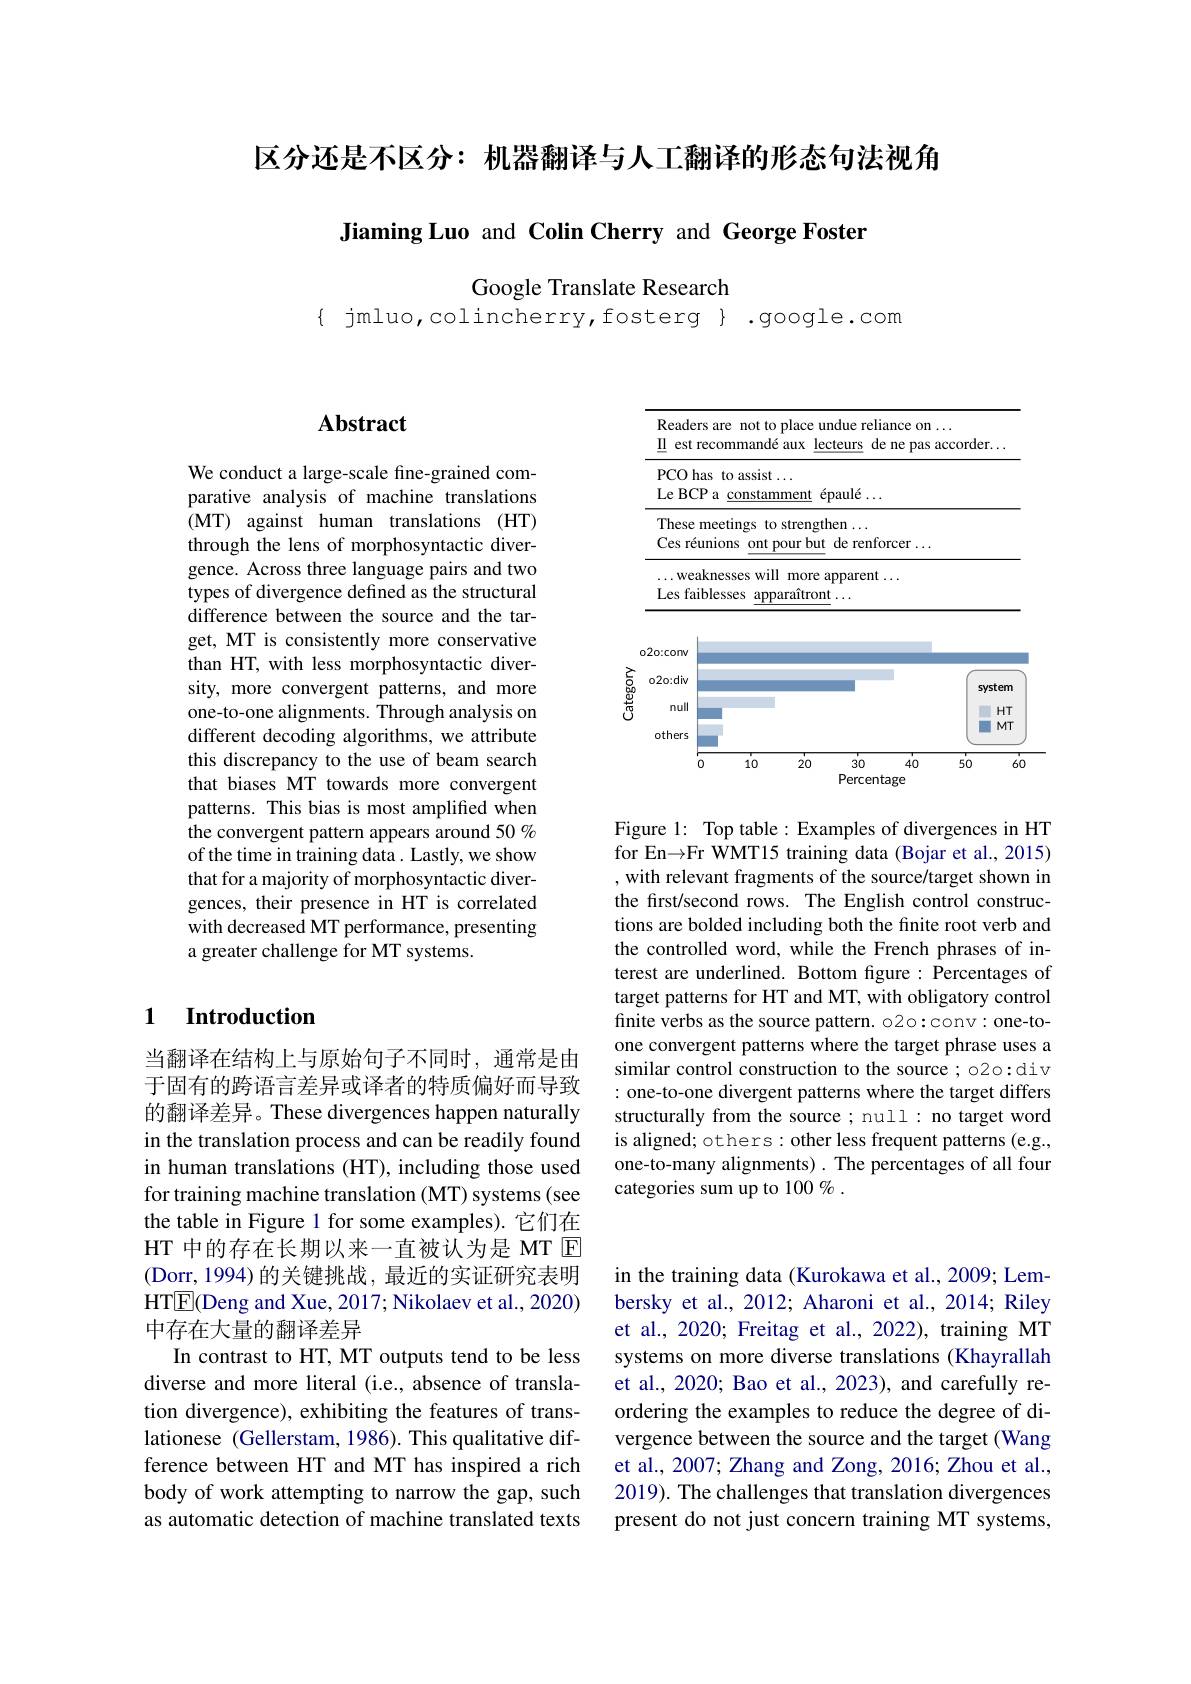
区分还是不区分：机器翻译与人工翻译的形态句法视角

Jiaming Luo and Colin Cherry and George Foster

Google Translate Research

$\{$ jmluo,colincherry,fosterg}.google.com

## Abstract

We conduct a large-scale fine-grained comparative analysis of machine translations (MT) against human translations (HT) through the lens of morphosyntactic divergence. Across three language pairs and two types of divergence defined as the structural difference between the source and the target, MT is consistently more conservative than HT, with less morphosyntactic diversity, more convergent patterns, and more one-to-one alignments. Through analysis on different decoding algorithms, we attribute this discrepancy to the use of beam search that biases MT towards more convergent patterns. This bias is most amplified when the convergent pattern appears around 50 $\%$ of the time in training data. Lastly, we show that for a majority of morphosyntactic divergences, their presence in HT is correlated with decreased MT performance, presenting a greater challenge for MT systems.

## 1 Introduction

当翻译在结构上与原始句子不同时，通常是由于固有的跨语言差异或译者的特质偏好而导致的翻译差异。These divergences happen naturally in the translation process and can be readily found in human translations (HT), including those used for training machine translation (MT) systems (see the table in Figure 1 for some examples). 它们在HT 中的存在长期以来一直被认为是 MT E (Dorr,1994)的关键挑战，最近的实证研究表明HTE(Deng and Xue, 2017; Nikolaev et al., 2020) 中存在大量的翻译差异
In contrast to HT, MT outputs tend to be less diverse and more literal (i.e., absence of translation divergence), exhibiting the features of translationese (Gellerstam, 1986). This qualitative difference between HT and MT has inspired a rich body of work attempting to narrow the gap, such as automatic detection of machine translated texts

<FigureHere>

Figure 1: Top table: Examples of divergences in HT for En→Fr WMT15 training data (Bojar et al., 2015) , with relevant fragments of the source/target shown in the first/second rows. The English control constructions are bolded including both the finite root verb and the controlled word, while the French phrases of interest are underlined. Bottom fgure: Percentages of target patterns for HT and MT, with obligatory control finite verbs as the source pattern. o20:conv: one-toone convergent patterns where the target phrase uses a similar control construction to the source ; o20:div : one-to-one divergent patterns where the target differs structurally from the source; null: no target word is aligned; others: other less frequent patterns (e.g., one-to-many alignments). The percentages of all four categories sum up to 100 % .

in the training data (Kurokawa et al., 2009; Lembersky et al., 2012; Aharoni et al., 2014; Riley et al., 2020; Freitag et al., 2022), training MT systems on more diverse translations (Khayrallah et al., 2020; Bao et al., 2023), and carefully reordering the examples to reduce the degree of divergence between the source and the target (Wang et al., 2007; Zhang and Zong, 2016; Zhou et al., 2019). The challenges that translation divergences present do not just concern training MT systems,